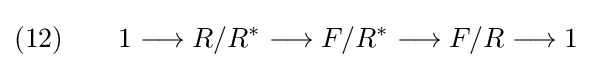
(12)\qquad 1\longrightarrow R/R^{\ast }\longrightarrow F/R^{\ast }\longrightarrow F/R\longrightarrow 1